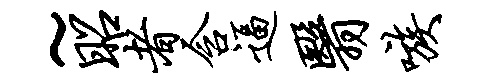
~昭者含逼翳嗾